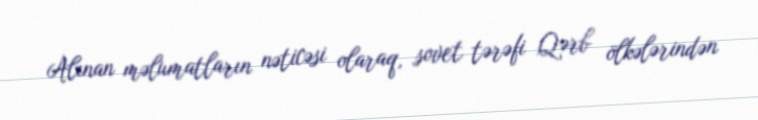
Alınan məlumatların nəticəsi olaraq, sovet tərəfi Qərb ölkələrindən